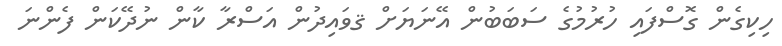
ހިކިގެން ގޮސްފައި ހުރުމުގެ ސަބަބުން އޭނަޔަށް ޤވައިދުން އަސްރާ ކާން ނުދޭކަން ފެންނަ